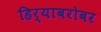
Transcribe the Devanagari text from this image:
हिर्‍याबरोबर